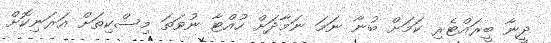
ދީނާ ބީރައްޓެރި ކަމަށް ބުނާ ނަމަ ނަމާދަށް ހުއްޓާ ނުވަތަ މިސްކިތަށް އަރަނިކޮށް